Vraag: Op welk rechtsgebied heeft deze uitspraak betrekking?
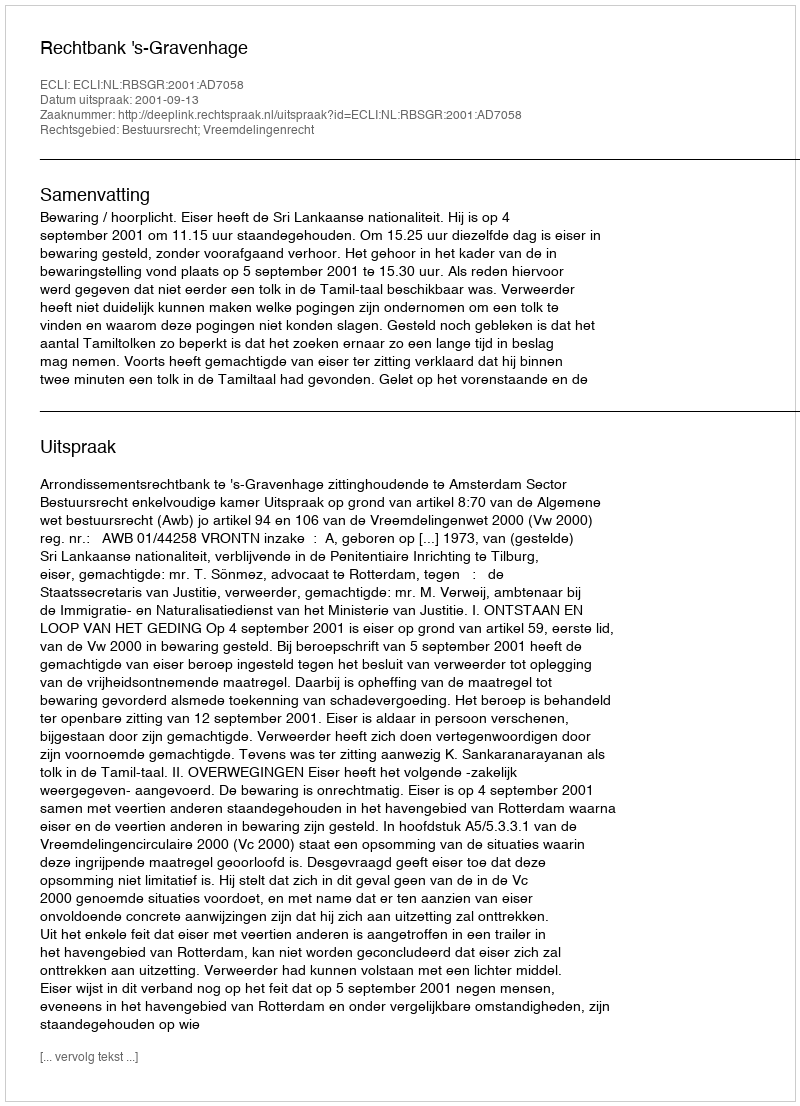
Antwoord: Bestuursrecht; Vreemdelingenrecht